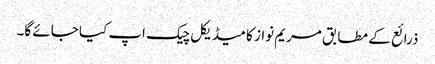
ذرائع کے مطابق مریم نواز کا میڈیکل چیک اپ کیا جائے گا۔